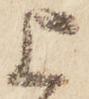
上